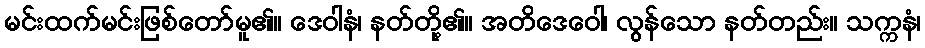
မင်းထက်မင်းဖြစ်တော်မူ၏။ ဒေဝါနံ၊ နတ်တို့၏။ အတိဒေဝေါ၊ လွန်သော နတ်တည်း။ သက္ကနံ၊